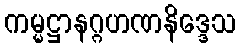
ကမ္မဋ္ဌာနဂ္ဂဟဏနိဒ္ဒေသ